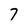
Character: 7